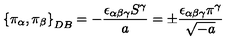
\left\{ \pi _ { \alpha } , \pi _ { \beta } \right\} _ { D B } = - \frac { \epsilon _ { \alpha \beta \gamma } S ^ { \gamma } } { a } = \pm \frac { \epsilon _ { \alpha \beta \gamma } \pi ^ { \gamma } } { \sqrt { - a } } \,